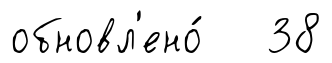
обновл'ено́ 38